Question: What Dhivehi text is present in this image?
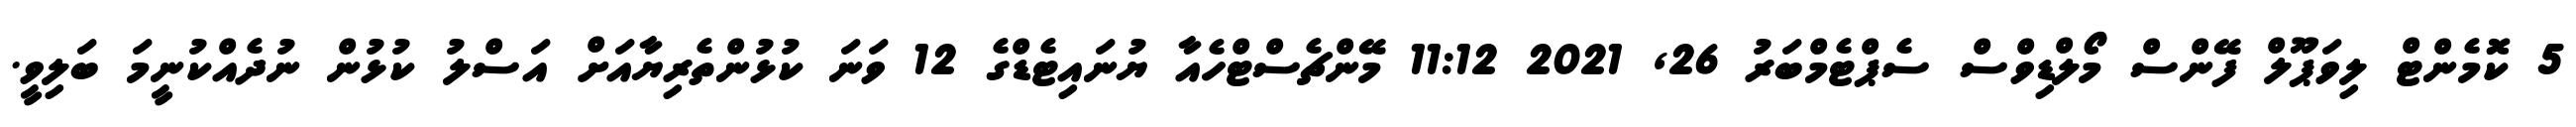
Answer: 5 ކޮމެންޓް ލިވަޕޫލް ފޭންސް މޯލްޑިވްސް ސެޕްޓެމްބަރު 26, 2021 11:12 މޭންޗެސްޓްހެއާ ޔުނައިޓެޑްގެ 12 ވަނަ ކުޅުންތެރިޔާއަށް އަސްލު ކުޅުން ނުދެއްކުނީމަ ބަލިވީ.